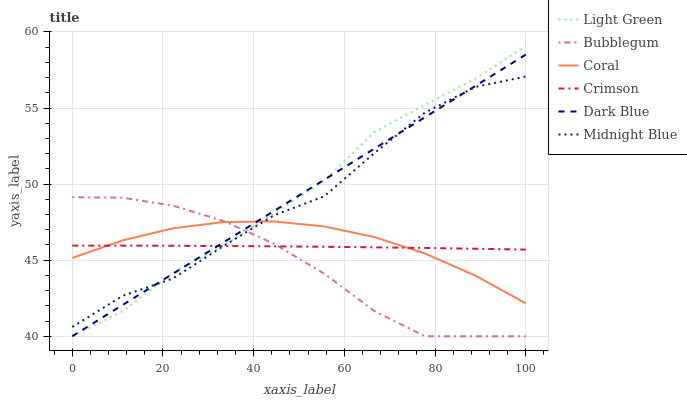
| xaxis_label | Light Green | Bubblegum | Coral | Crimson | Dark Blue | Midnight Blue |
 | --- | --- | --- | --- | --- | --- | --- |
 | 0 | 40 | 49.1 | 45.1 | 46 | 40 | 40.6 |
 | 11.1 | 41.6 | 49.1 | 46.3 | 46 | 42.1 | 42.7 |
 | 22.2 | 44.2 | 48.6 | 47.1 | 45.9 | 44.1 | 43.8 |
 | 33.3 | 45.9 | 47.6 | 47.5 | 45.9 | 46.2 | 45.9 |
 | 44.4 | 48.1 | 46.1 | 47.5 | 45.9 | 48.2 | 47.9 |
 | 55.6 | 50.2 | 44.1 | 47.2 | 45.9 | 50.3 | 49.2 |
 | 66.7 | 53.4 | 41.7 | 46.5 | 45.8 | 52.3 | 52.1 |
 | 77.8 | 55.2 | 40 | 45.4 | 45.8 | 54.4 | 54.7 |
 | 88.9 | 56.9 | 40 | 44 | 45.8 | 56.5 | 56.4 |
 | 100 | 59.1 | 40 | 42.2 | 45.7 | 58.5 | 57.1 |